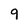
Character: 9